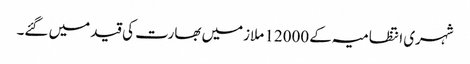
شہری انتظامیہ کے 12000 ملازمیں بھارت کی قید میں گئے۔